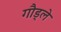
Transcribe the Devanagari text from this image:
गौड्ले